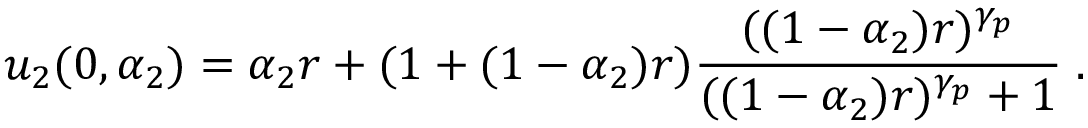
u _ { 2 } ( 0 , \alpha _ { 2 } ) = \alpha _ { 2 } r + ( 1 + ( 1 - \alpha _ { 2 } ) r ) \frac { ( ( 1 - \alpha _ { 2 } ) r ) ^ { \gamma _ { p } } } { ( ( 1 - \alpha _ { 2 } ) r ) ^ { \gamma _ { p } } + 1 } \; .